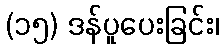
(၁၅) ဒန်ပူပေးခြင်း၊